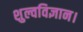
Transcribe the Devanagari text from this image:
शुल्वविज्ञान।